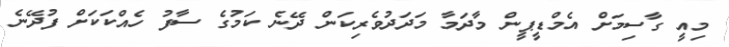
މިއީ ގާސިމަށް އެމްޑީޕީން މާދަމާ މަދަދުވެރިކަން ދޭނެ ކަމުގެ ސާފު ހެއްކަކަށް ފުދޭނެ